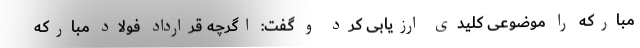
مبارکه را موضوعی کلیدی ارزیابی کرد و گفت: اگرچه قرارداد فولاد مبارکه